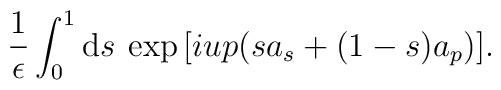
\frac{1}{\epsilon}\int_0^1 {\rm d}s \>\exp{[i u p (s a_s + (1-s)a_p)]}.